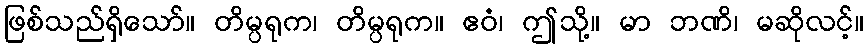
ဖြစ်သည်ရှိသော်။ တိမ္ပရုက၊ တိမ္ပရုက။ ဧဝံ၊ ဤသို့။ မာ ဘဏိ၊ မဆိုလင့်။